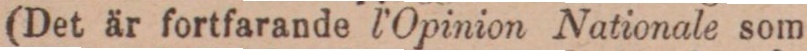
(Det är fortfarande l’Opinion Nationale som